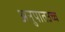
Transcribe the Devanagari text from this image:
अनुपातउच्च